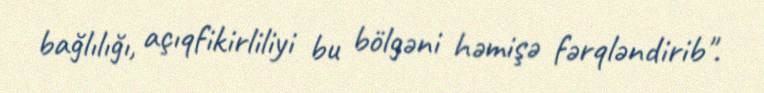
bağlılığı, açıqfikirliliyi bu bölgəni həmişə fərqləndirib".